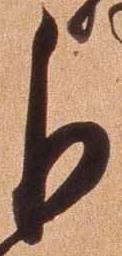
乍